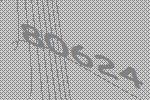
80624